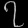
Digit: ၇